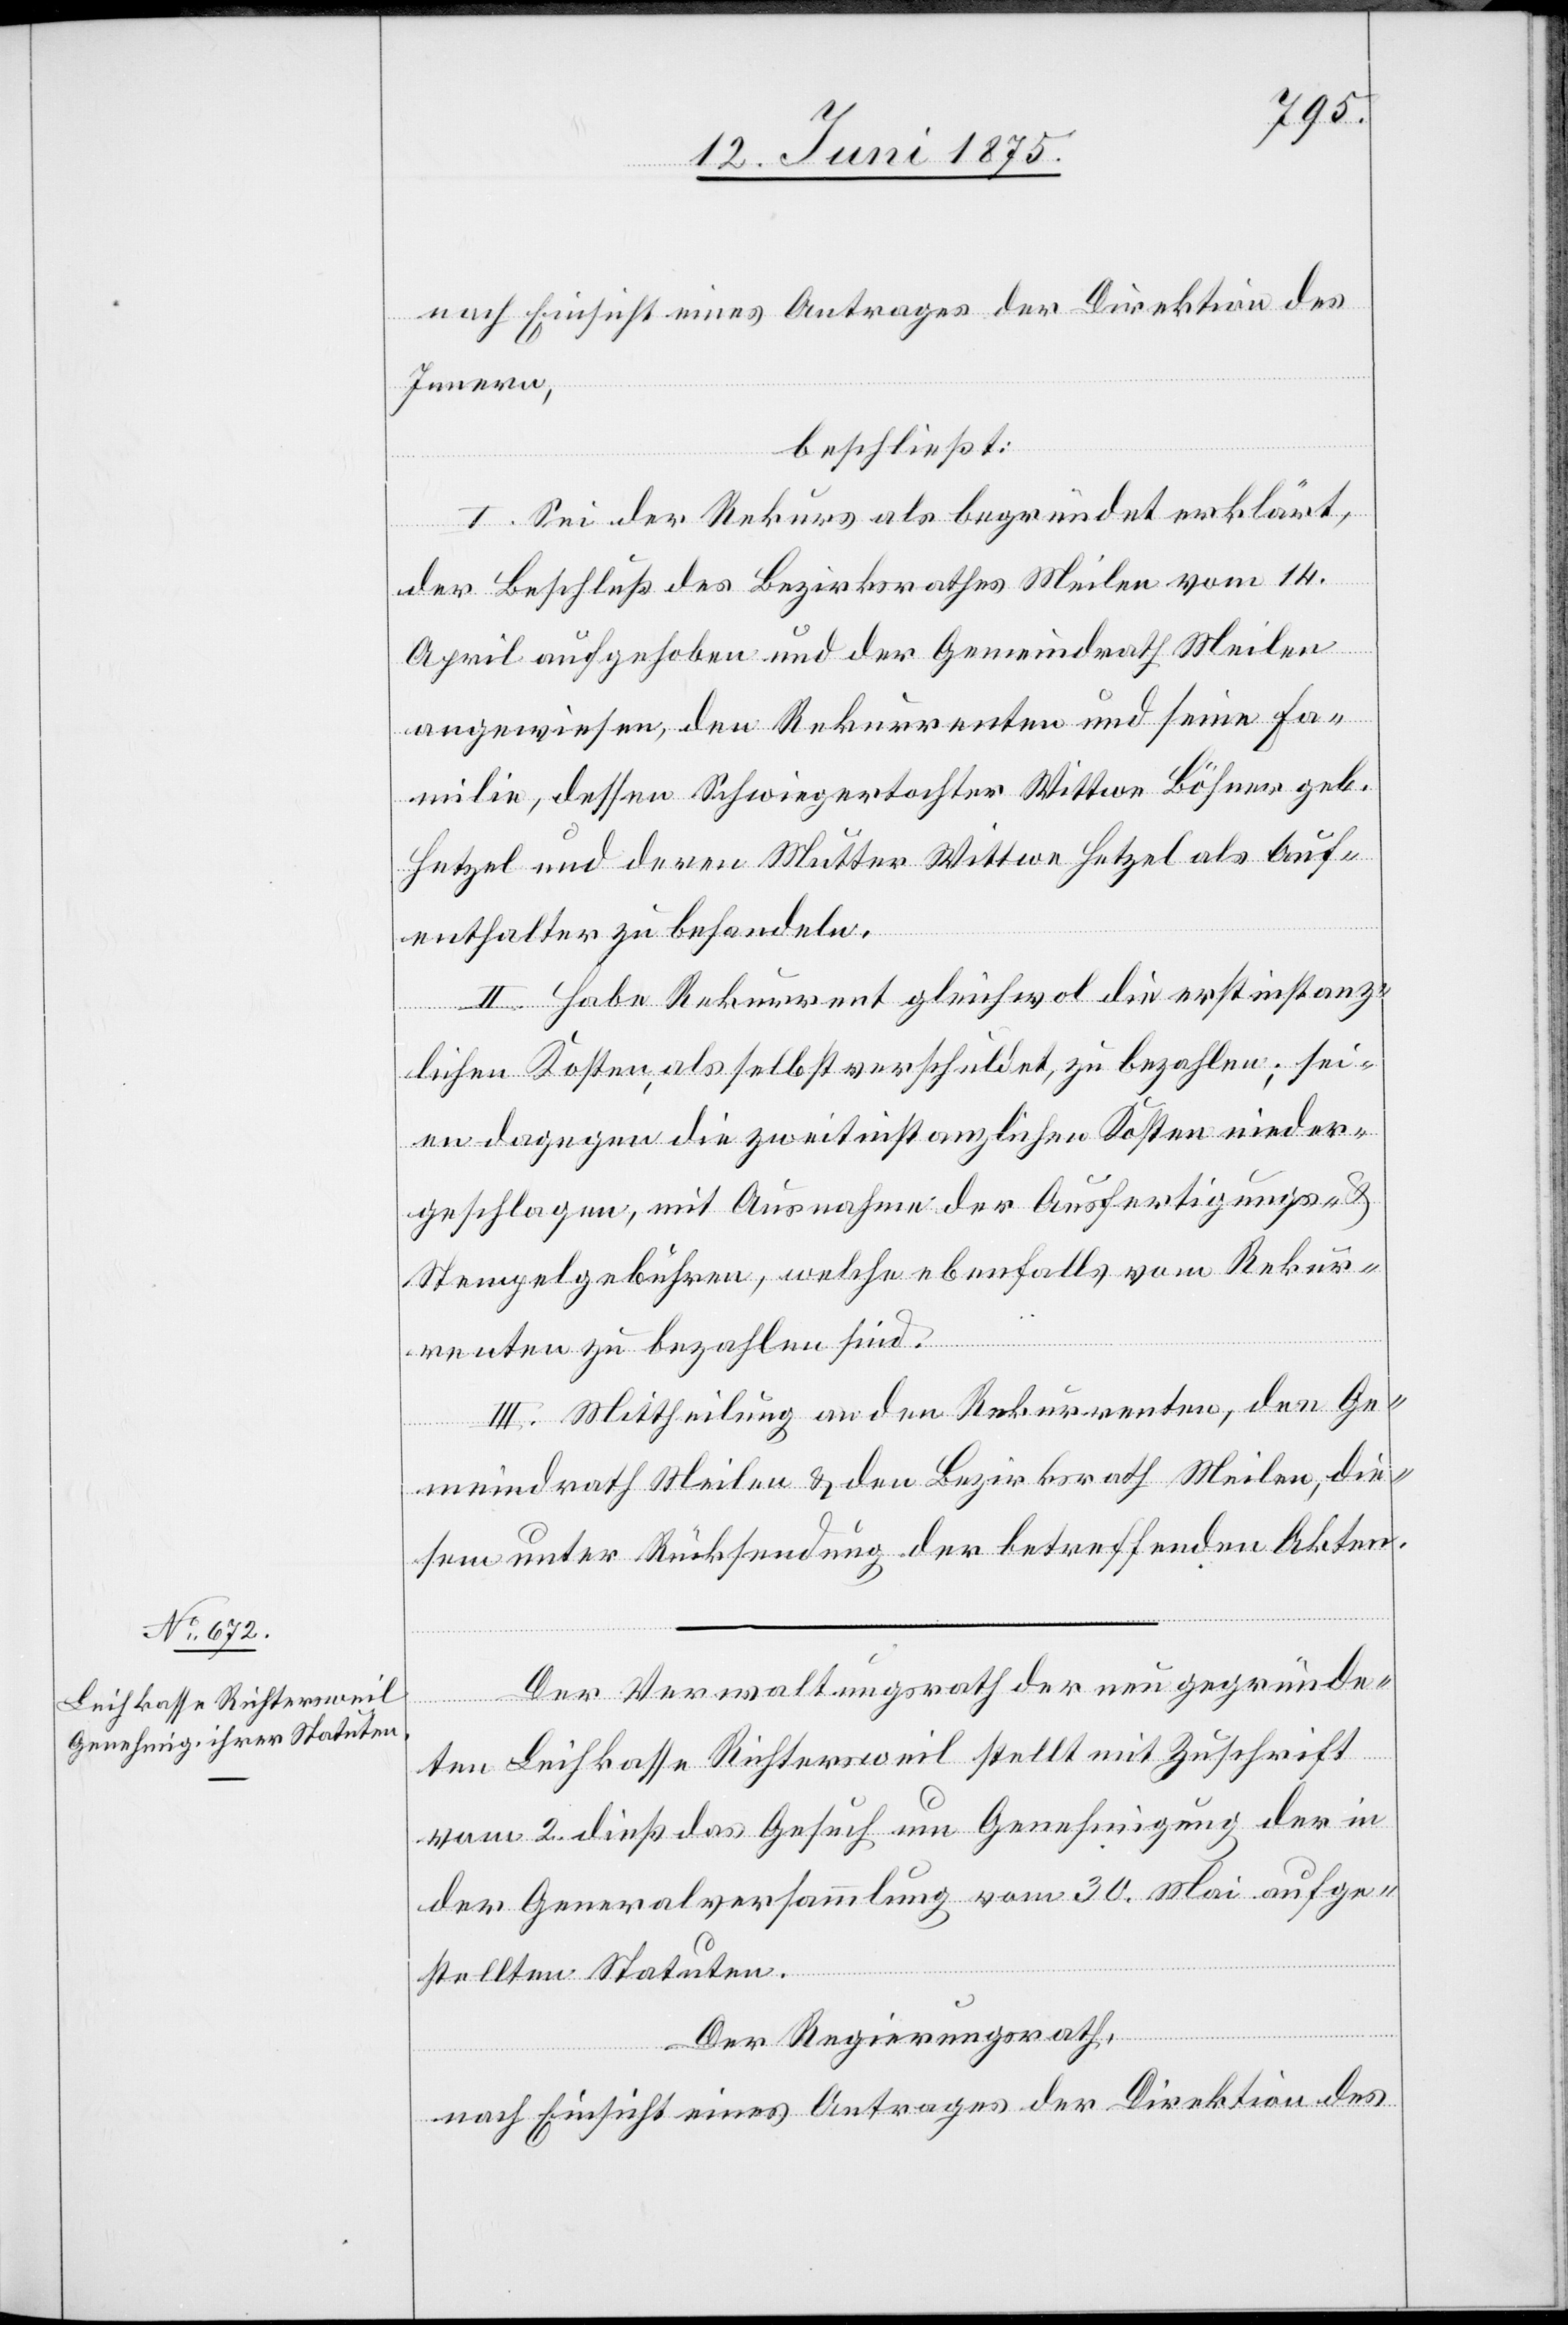
nach Einsicht eines Antrages der Direktion des
Innern,
beschließt:
I. Sei der Rekurs als begründet erklärt,
der Beschluß des Bezirksrathes Meilen vom 14.
April aufgehoben und der Gemeindrath Meilen
angewiesen, den Rekurrenten und seine Fa¬
milie, dessen Schwiegertochter Wittwe Böhner geb.
Hetzel und deren Mutter Wittwe Hetzel als Auf¬
enthalter zu behandeln.
II. Habe der Rekurrent gleichwol die erstinstanz¬
lichen Kosten, als selbstverschuldet, zu bezahlen; sei¬
en dagegen die zweitinstanzlichen Kosten nieder¬
geschlagen, mit Ausnahme der Ausfertigungs- &
Stempelgebühren, welche ebenfalls vom Rekur¬
renten zu bezahlen sind.
III. Mittheilung an den Rekurrenten, den Ge¬
meindrath Meilen & den Bezirksrath Meilen, die¬
sem unter Rücksendung der betreffenden Akten.
Der Verwaltungsrath der neu gegründe¬
ten Leihkasse Richtersweil stellt mit Zuschrift
vom 2. dieß. das Gesuch um Genehmigung der in
der Generalversammlung vom 30. Mai aufge¬
stellten Statuten.
Der Regierungsrath,
nach Einsicht eines Antrages der Direktion des